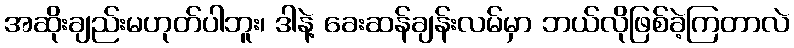
အဆိုးချည်းမဟုတ်ပါဘူး၊ ဒါနဲ့ ခေးဆန်ချန်းလမ်မှာ ဘယ်လိုဖြစ်ခဲ့ကြတာလဲ